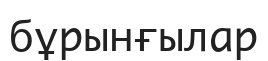
бұрынғылар